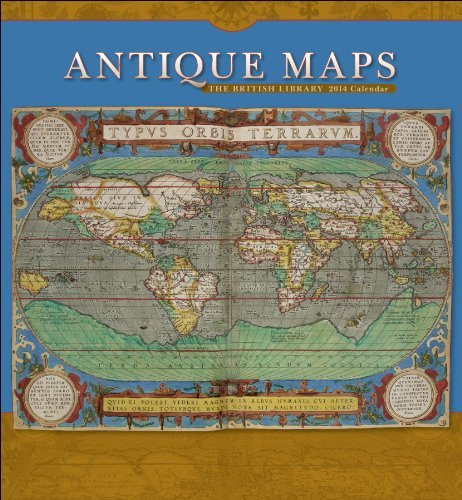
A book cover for By British Library Antique Maps 2014 Calendar (Wal) [Calendar]; Calendars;